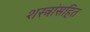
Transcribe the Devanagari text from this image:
शस्त्रांसहित